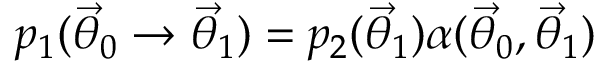
p _ { 1 } ( \ensuremath { \vec { \theta } } _ { 0 } \rightarrow \ensuremath { \vec { \theta } } _ { 1 } ) = p _ { 2 } ( \ensuremath { \vec { \theta } } _ { 1 } ) \alpha ( \ensuremath { \vec { \theta } } _ { 0 } , \ensuremath { \vec { \theta } } _ { 1 } )